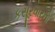
કસૂરવારનો